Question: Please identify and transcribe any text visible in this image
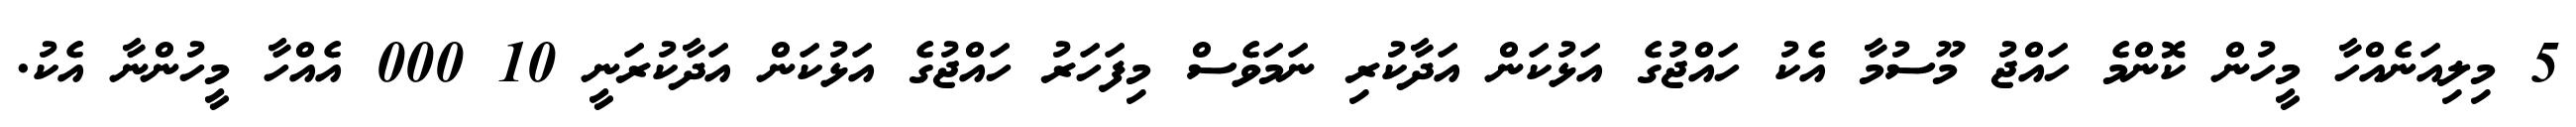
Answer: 5 މިލިއަނެއްހާ މީހުން ކޮންމެ ހައްޖު މޫސުމާ އެކު ހައްޖުގެ އަޅުކަން އަދާކުރި ނަމަވެސް މިފަހަރު ހައްޖުގެ އަޅުކަން އަދާކުރަނީ 10 000 އެއްހާ މީހުންނާ އެކު.